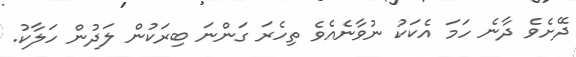
ދޭށެވެ ދާނެ ހަމަ އެކަކު ނުވާނެއެވެ ތިހެރަ ގަންނަ ބިރަކުން ލަދުން ހަލާކު.